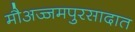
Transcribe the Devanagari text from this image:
मौअज्जमपुरसादात